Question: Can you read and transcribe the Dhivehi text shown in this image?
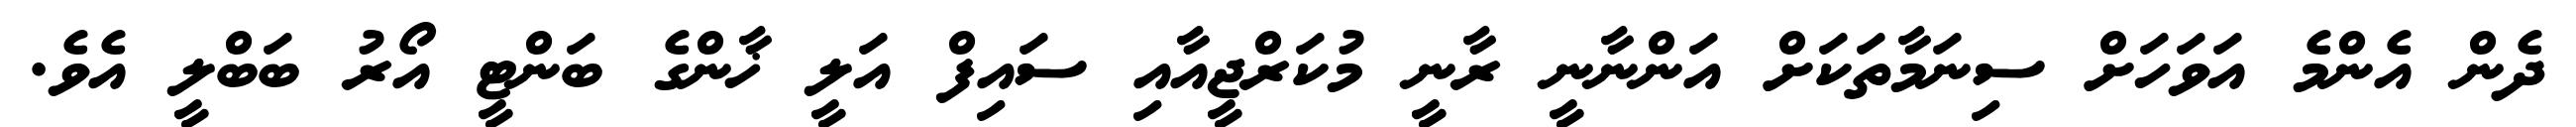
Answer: ދެން އެންމެ އަވަހަށް ސިނަމާތަކަށް އަންނާނީ ރާނީ މުކަރްޖީއާއި ސައިފް އަލީ ޚާންގެ ބަންޓީ އޯރު ބަބްލީ އެވެ.